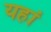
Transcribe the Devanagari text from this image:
यहांं